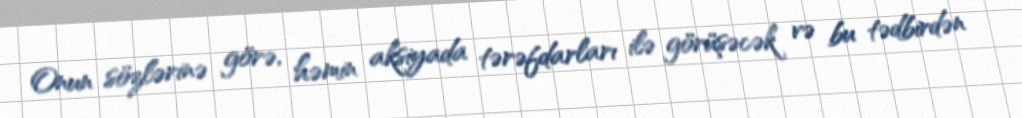
Onun sözlərinə görə, həmin aksiyada tərəfdarları ilə görüşəcək və bu tədbirdən